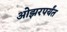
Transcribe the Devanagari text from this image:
ओझरपर्यंत